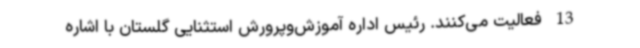
13 فعالیت می‌کنند. رئیس اداره آموزش‌وپرورش استثنایی گلستان با اشاره